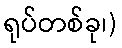
ရုပ်တစ်ခု၊)